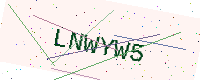
Text: LNWYW5